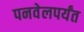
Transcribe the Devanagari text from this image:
पनवेलपर्यंत